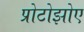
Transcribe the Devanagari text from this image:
प्रोटोझोए